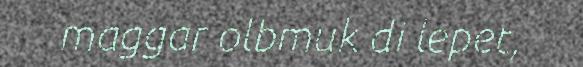
maggar olbmuk di lepet,